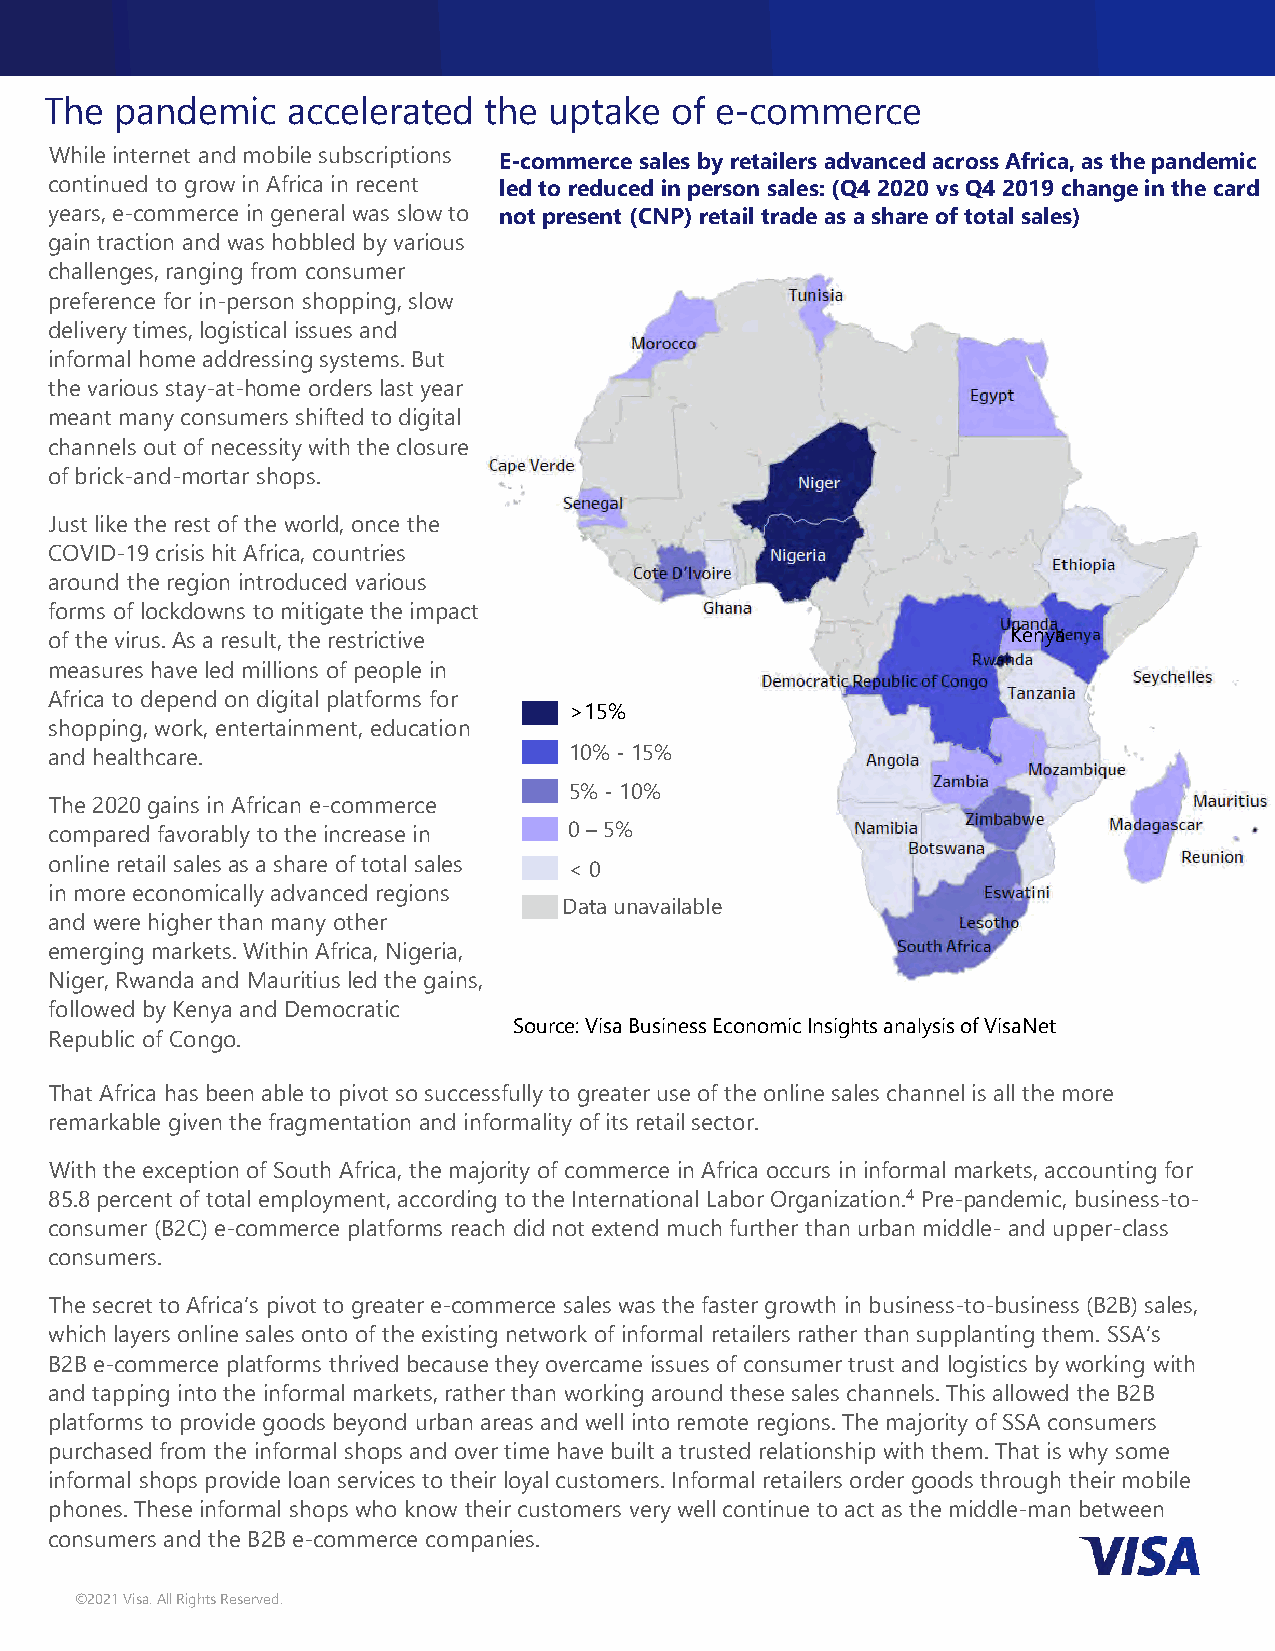
The  pandemic   accelerated  the uptake  of e-commerce
 While internet and mobile subscriptions
 E-commerce sales by retailers advanced across Africa, as the pandemic
 continued to grow in Africa in recent led to reduced in person sales: (Q4 2020 vs Q4 2019 change in the card
 years, e-commerce in general was slow to not present (CNP) retail trade as a share of total sales)
 gain traction and was hobbled by various
 challenges, ranging from consumer
 preference for in-person shopping, slow
 delivery times, logistical issues and
 informal home addressing systems. But
 the various stay-at-home orders last year
 meant many consumers shifted to digital
 channels out of necessity with the closure
 of brick-and-mortar shops.
 Just like the rest of the world, once the
 COVID-19 crisis hit Africa, countries
 around the region introduced various
 forms of lockdowns to mitigate the impact
 of the virus. As a result, the restrictive                      Kenya
 measures have led millions of people in
 Africa to depend on digital platforms for
 >15%
 shopping, work, entertainment, education
 and healthcare.                    10% -15%
 5% -10%
 The 2020 gains in African e-commerce
 compared favorably to the increase in 0 –5%
 online retail sales as a share of total sales < 0
 in more economically advanced regions
 Data unavailable
 and were higher than many other
 emerging markets. Within Africa, Nigeria,
 Niger, Rwanda and Mauritius led the gains,
 followed by Kenya and Democratic
 Source: Visa Business Economic Insights analysis of VisaNet
 Republic of Congo.
 That Africa has been able to pivot so successfully to greater use of the online sales channel is all the more
 remarkable given the fragmentation and informality of its retail sector.
 With the exception of South Africa, the majority of commerce in Africa occurs in informal markets, accounting for
 85.8 percent of total employment, according to the International Labor Organization.4 Pre-pandemic, business-to-
 consumer (B2C) e-commerce platforms reach did not extend much further than urban middle- and upper-class
 consumers.
 The secret to Africa’s pivot to greater e-commerce sales was the faster growth in business-to-business (B2B) sales,
 which layers online sales onto of the existing network of informal retailers rather than supplanting them. SSA’s
 B2B e-commerce platforms thrived because they overcame issues of consumer trust and logistics by working with
 and tapping into the informal markets, rather than working around these sales channels. This allowed the B2B
 platforms to provide goods beyond urban areas and well into remote regions. The majority of SSA consumers
 purchased from the informal shops and over time have built a trusted relationship with them. That is why some
 informal shops provide loan services to their loyal customers. Informal retailers order goods through their mobile
 phones. These informal shops who know their customers very well continue to act as the middle-man between
 consumers and the B2B e-commerce companies.
 ©2021 Visa. All Rights Reserved.